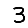
Digit: 3